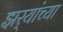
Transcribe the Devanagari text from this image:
झर्‍यांच्या